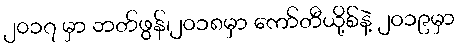
၂၀၁၇ မှာ ဘတ်ဖွန်၊၂၀၁၈မှာ ကော်တီယို့စ်နဲ့ ၂၀၁၉မှာ